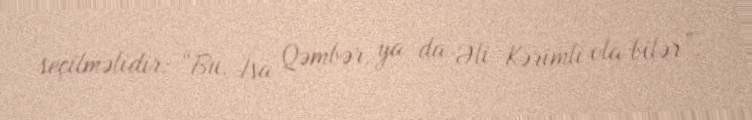
seçilməlidir: “Bu, İsa Qəmbər, ya da Əli Kərimli ola bilər”.